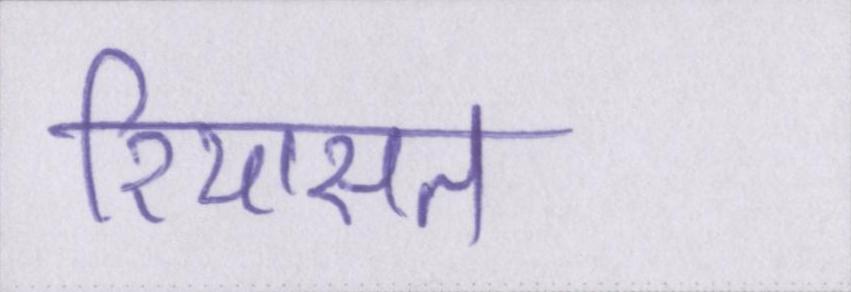
रियासत